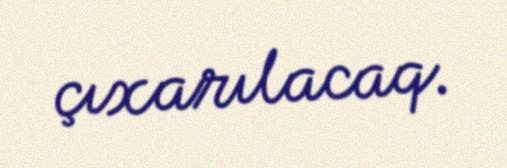
çıxarılacaq.